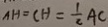
A H = ( H = \frac { 1 } { 2 } A C